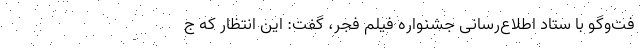
فت‌وگو با ستاد اطلاع‌رسانی جشنواره فیلم فجر، گفت: این انتظار که ج